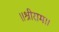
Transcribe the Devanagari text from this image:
॥श्रीराम॥